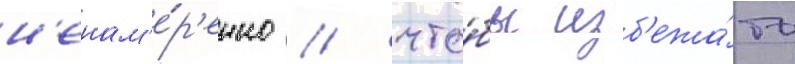
н'енам'е́р'енно / что́бы изб'ежа́ть